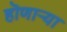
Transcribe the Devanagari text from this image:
हॊणाऱ्या